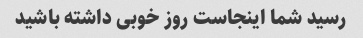
رسید شما اینجاست روز خوبی داشته باشید